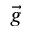
\vec { g }